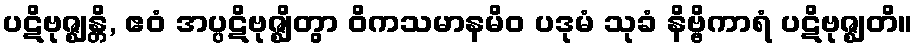
ပဋိဗုဇ္ဈန္တိ, ဧဝံ အပ္ပဋိဗုဇ္ဈိတွာ ဝိကသမာနမိဝ ပဒုမံ သုခံ နိဗ္ဗိကာရံ ပဋိဗုဇ္ဈတိ။